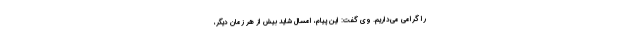
را گرامی می‌داریم. وی گفت: این پیام، امسال شاید بیش از هر زمان دیگر،